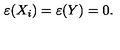
\varepsilon ( X _ { i } ) = \varepsilon ( Y ) = 0 .